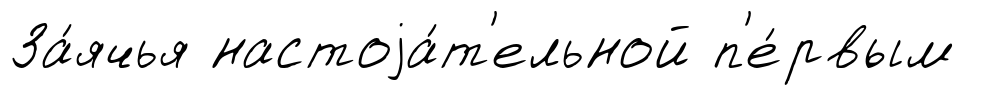
За́ячья настоjа́т'ельной п'е́рвым